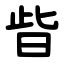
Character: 㫮